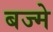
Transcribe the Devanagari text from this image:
बज्मे